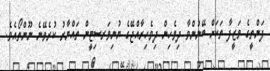
ފަންތީގެ ވަޒީފާ ތަކަށް ބޭނުންވާ ދިވެހިން ދިވެހިރާއްޖޭގެ ޔުނިވަރސިޓީން ތައްޔާރު ކުރެވޭނެ ނޫންތޯއެވެ.